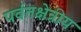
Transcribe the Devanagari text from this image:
पर्वतक्षेत्रीय